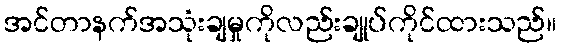
အင်တာနက်အသုံးချမှုကိုလည်းချုပ်ကိုင်ထားသည်။